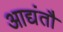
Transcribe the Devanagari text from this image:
आद्यंतौ